Annual report of the Prince of Wales Medical College, Patna
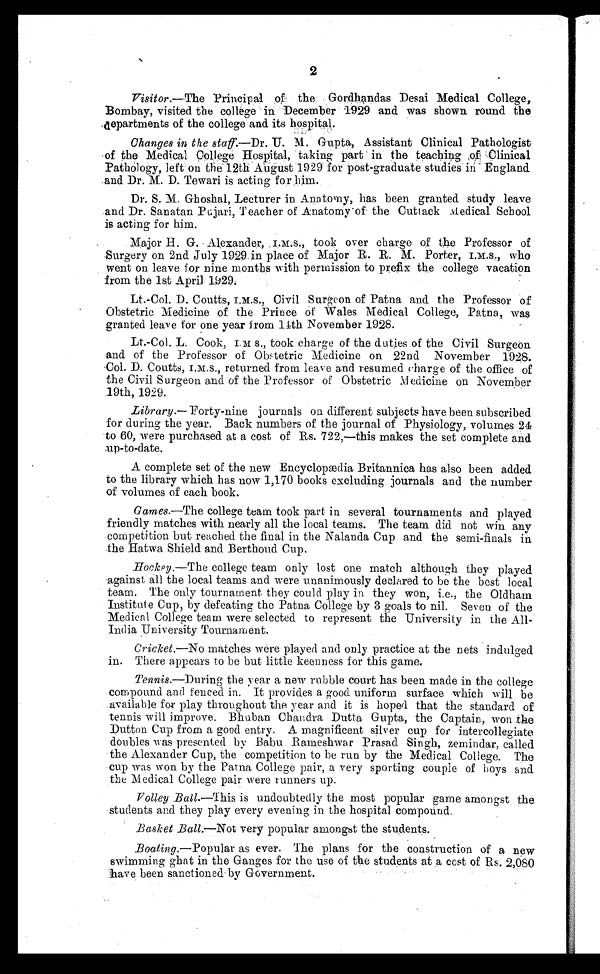
2
Visitor.—The Principal of the Gordhandas Desai Medical College,
Bombay, visited the college in December 1929 and was shown round the
departments of the college and its hospital.
Changes in the staff.— Dr . U. M. Gupta, Assistant Clinical Pathologist
of the Medical College Hospital, taking part in the teaching of Clinical
Pathology, left on the 12th August 1929 for post-graduate studies in England
and Dr. M. D. Tewari is acting for him.
Dr. S. M. Ghoshal, Lecturer in Anatomy, has been granted study leave
and Dr. Sanatan Pujari, Teacher of Anatomy of the Cuttack Medical School
is acting for him.
Major H. G. Alexander, I.M.S., took over charge of the Professor of
Surgery on 2nd July 1929. in place of Major R. R. M. Porter, I.M.S., who
went on leave for nine months with permission to prefix the college vacation
from the 1st April 1929.
Lt . - Col . D. Cout t s, I . M. S. , Ci vi l Sur geon of Pat na and t he Pr of essor of
Obstetric Medicine of the Prince of Wales Medical College, Patna, was
granted leave for one year from 14th November 1928.
Lt.-Col. L. Cook, I.M.S ., took charge of the duties of the Civil Surgeon
and of the Professor of Obstetric Medicine on 22nd November 1928.
Col. D. Coutts, returned from leave and resumed charge of the office of
the Civil Surgeon and of the Professor of Obstetric Medicine on November
.19th, 1929.
Library.— Forty-nine journals on different subjects have been subscribed
for during the year. Back numbers of the journal of Physiology, volumes 24
to 60, were purchased at a cost of Rs. 722,—this makes the set complete and
up-to-date.
A complete set of the new Encyclopædia Britannica has also been added
to the library which has now 1,170 books excluding. journals and the number
of volumes of each book.
Games .—The college team took part. in several tournaments and played
friendly matches with nearly all the local teams. The team did not win any
competition but reached the final in the Nalanda Cup and the semi-finals in
the Hatwa Shield and Berthoud Cup.
Hockey.— The college team only lost one match although they played
against all the local teams and were unanimously declared to be the best local
team. The only tournament they could play in they won, i.e., the Oldham
Institute Cup, by defeating the Patna College by 3 goals to nil. Seven of the
Medical College team were selected to represent the University in the All
India University Tournament.
Cricket.—No
matches were played and only practice at the nets indulged
in. There appears to be but little keenness for this game.
Tennis.—During the year a new rubble court has been made in the college
compound and fenced in. It provides a good uniform surface which will be
.available for play throughout the year and it is hoped that the standard of
tennis will improve. Bhuban Chandra Dutta Gupta, the Captain, won the
Dutton Cup from a good entry. A magnificent silver cup for intercollegiate
doubles was presented by Babu Rameshwar Prasad Singh, zemindar, called
the Alexander Cup, the competition to be run by the Medical College. The
cup was won by the Patna College pair, a very sporting couple of boys and
the Medical College pair were runners up.
Volley Ball .—This is undoubtedly the most popular game amongst the
students and they play every evening in the hospital compound.
.
Basket Ball.— Not very popular amongst the students.
Boating .—Popular as ever. The plans for the construction of a new
swimming ghat in the Ganges for the use of the students at a cost of Rs. 2,080
have been sanctioned by Government.